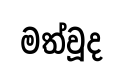
මත්වූද